Scientific memoirs by medical officers of the Army of India - Part III,
Year: 1887
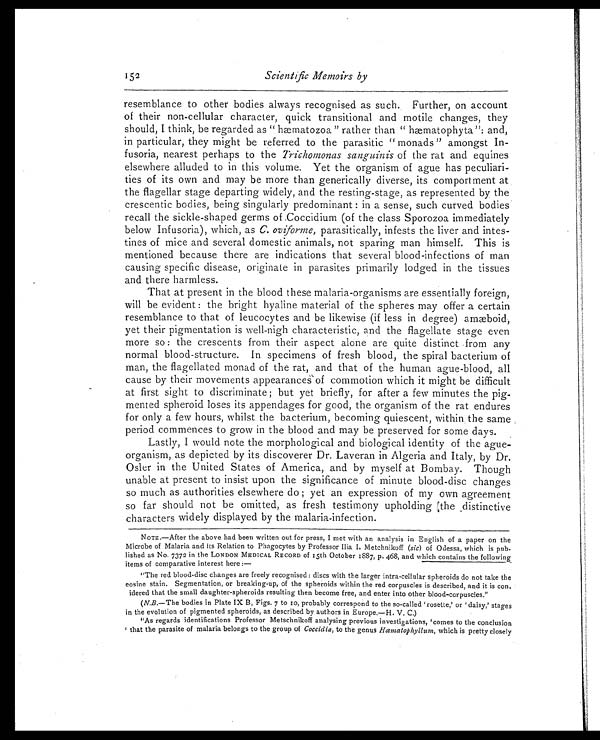
152
Scientific Memoirs by
resemblance to other bodies always recognised as such. Further, on account
of their non-cellular character, quick transitional and motile changes, they
should, I think, be regarded as “hæmatozoa” rather than “hæmatophyta”: and,
in particular, they might be referred to the parasitic “monads” amongst In-
fusoria, nearest perhaps to the Trichomonas sanguinis of the rat and equines
elsewhere alluded to in this volume. Yet the organism of ague has peculiari-
ties of its own and may be more than generically diverse, its comportment at
the flagellar stage departing widely, and the resting-stage, as represented by the
crescentic bodies, being singularly predominant : in a sense, such curved bodies
recall the sickle-shaped germs of Coccidium (of the class Sporozoa immediately
below Infusoria), which, as C. oviforme,parasitically, infests the liver and intes-
tines of mice and several domestic animals, not sparing man himself. This is
mentioned because there are indications that several blood-infections of man
causing specific disease, originate in parasites primarily lodged in the tissues
and there harmless.
That at present in the blood these malaria-organisms are essentially foreign,
will be evident : the bright hyaline material of the spheres may offer a certain
resemblance to that of leucocytes and be likewise (if less in degree) amæboid,
yet their pigmentation is well-nigh characteristic, and the flagellate stage even
more so : the crescents from their aspect alone are quite distinct from any
normal blood-structure. In specimens of fresh blood, the spiral bacterium of
man, the flagellated monad of the rat, and that of the human ague-blood, all
cause by their movements appearances of commotion which it might be difficult
at first sight to discriminate ; but yet briefly, for after a few minutes the pig-
mented spheroid loses its appendages for good, the organism of the rat endures
for only a few hours, whilst the bacterium, becoming quiescent, within the same
period commences to grow in the blood and may be preserved for some days.
Lastly, I would note the morphological and biological identity of the ague-
organism, as depicted by its discoverer Dr. Laveran in Algeria and Italy, by Dr.
Osler in the United States of America, and by myself at Bombay. Though
unable at present to insist upon the significance of minute blood-disc changes
so much as authorities elsewhere do ; yet an expression of my own agreement
so far should not be omitted, as fresh testimony upholding [the distinctive
characters widely displayed by the malaria-infection.
NOTE.—After the above had been written out for press, I met with an analysis in English of a paper on the
Microbe of Malaria and its Relation to Phagocytes by Professor Ilia I. Metchnikoff ( sic) of Odessa, which is pub-
lished as No. 7372 in the LONDON MEDICAL RECORD of 15th October 1887, p. 468, and which contains the following
items of comparative interest here :
—
“The red blood-disc changes are freely recognised: discs with the larger intra-cellular spheroids do not take the
eosine stain. Segmentation, or breaking-up, of the spheroids within the red corpuscles is described, and it is con-
idered that the small daughter-spheroids resulting then become free, and enter into other blood-corpuscles.”
( N.B. —The bodies in Plate IX B, Figs. 7 to 10, probably correspond to the so-called ‘rosette,’ or ‘daisy,’ stages
in the evolution of pigmented spheroids, as described by authors in Europe.—H. V. C.)
“As regards identifications Professor Metschnikoff analysing previous investigations, ‘comes to the conclusion
’ that the parasite of malaria belongs to the group of Coccidia, to the genus Hœmatophyllum, which is pretty closely